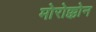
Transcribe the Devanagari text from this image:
मोरोक्कोन